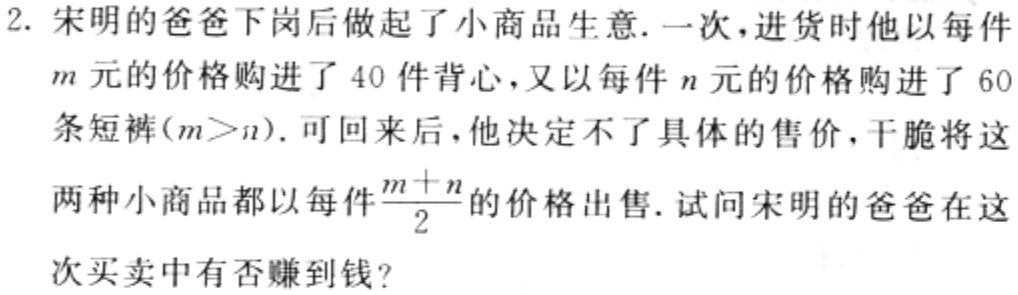
2. 宋明的爸爸下岗后做起了小商品生意. 一次，进货时他以每件\(m\)元的价格购进了\(40\)件背心，又以每件\(n\)元的价格购进了\(60\)条短裤(\(m > n\)). 可回来后，他决定不了具体的售价，干脆将这两种小商品都以每件\(\frac{m + n}{2}\)的价格出售. 试问宋明的爸爸在这次买卖中有否赚到钱?